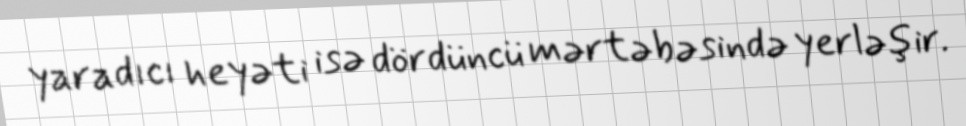
yaradıcı heyəti isə dördüncü mərtəbəsində yerləşir.